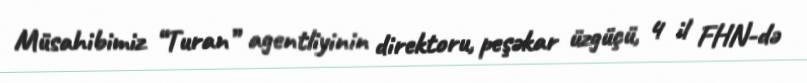
Müsahibimiz “Turan” agentliyinin direktoru, peşəkar üzgüçü, 4 il FHN-də